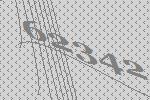
62342